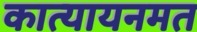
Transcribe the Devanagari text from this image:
कात्यायनमत